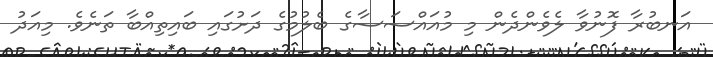
އަނބުރާ ފޮނުވާ ލެވެންދެން މި މުއައްސަސާގެ ބެލުމުގެ ދަށުގައި ބައިތިއްބާ ތަނެވެ. މިއަދު